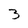
Character: 3